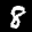
Label: 8